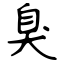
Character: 臭